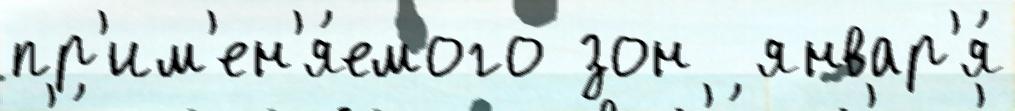
пр'им'ен'я́емого зон  январ'я́